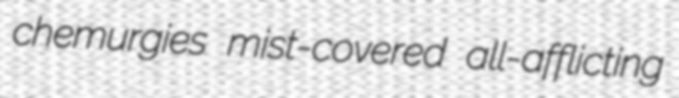
chemurgies mist-covered all-afflicting